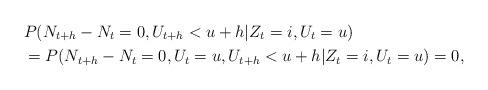
LaTeX: \begin{align*} &P(N_{t+h}-N_t = 0,U_{t+h}<u+h|Z_t = i,U_t = u)\\ &=P(N_{t+h}-N_t = 0,U_t=u, U_{t+h} < u+h|Z_t = i,U_t = u)=0,\end{align*}